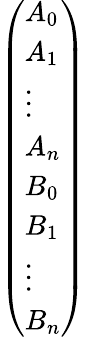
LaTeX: \begin{array}{r}{\left(\begin{array}{l}{A_{0}}\\ {A_{1}}\\ {\vdots}\\ {A_{n}}\\ {B_{0}}\\ {B_{1}}\\ {\vdots}\\ {B_{n}}\end{array}\right)}\end{array}